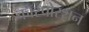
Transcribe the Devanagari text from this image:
कॉरपोरशन